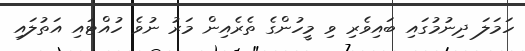
ހަމަލަ ދިނުމުގައި ބައިވެރި ވި މީހުންގެ ތެރެއިން މަރު ނުވެ ހުއްޓައި އަތުލައި